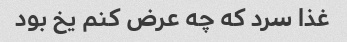
غذا سرد که چه عرض کنم یخ بود